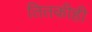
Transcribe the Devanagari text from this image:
तितकीही